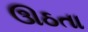
ઊઠતા